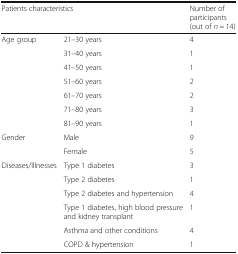
<table><thead><tr><td colspan="2"><b>Patients characteristics</b></td><td><b>Number of participants (out of <i>n</i> = 14)</b></td></tr></thead><tbody><tr><td rowspan="7">Age group</td><td>21–30 years</td><td>4</td></tr><tr><td>31–40 years</td><td>1</td></tr><tr><td>41–50 years</td><td>1</td></tr><tr><td>51–60 years</td><td>2</td></tr><tr><td>61–70 years</td><td>2</td></tr><tr><td>71–80 years</td><td>3</td></tr><tr><td>81–90 years</td><td>1</td></tr><tr><td rowspan="2">Gender</td><td>Male</td><td>9</td></tr><tr><td>Female</td><td>5</td></tr><tr><td rowspan="6">Diseases/Illnesses</td><td>Type 1 diabetes</td><td>3</td></tr><tr><td>Type 2 diabetes</td><td>1</td></tr><tr><td>Type 2 diabetes and hypertension</td><td>4</td></tr><tr><td>Type 1 diabetes, high blood pressure and kidney transplant</td><td>1</td></tr><tr><td>Asthma and other conditions</td><td>4</td></tr><tr><td>COPD &amp; hypertension</td><td>1</td></tr></tbody></table>